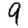
Digit: 9